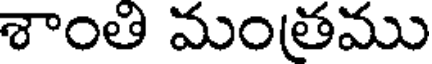
శాంతి మంతము